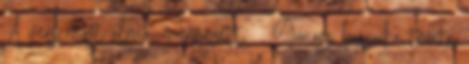
A vers most alma, mérgezett. Gonosz boszorka tömte